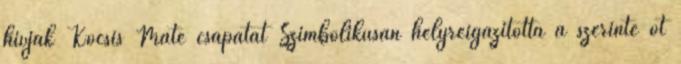
hívják Kocsis Máté csapatát Szimbolikusan helyreigazította a szerinte őt